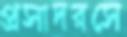
প্রসাদরসে